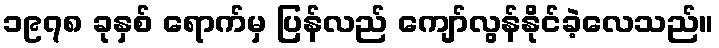
၁၉၇၈ ခုနှစ် ရောက်မှ ပြန်လည် ကျော်လွန်နိုင်ခဲ့လေသည်။